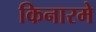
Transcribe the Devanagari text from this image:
किनारमे